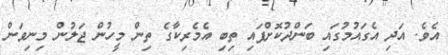
އެވެ. އަދި އެގައުމުގައި ބަންދުކޮށްފައި ތިބި އެމެރިކާގެ ތިން މީހުން ޖަލުން މިނިވަން